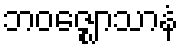
ဘဝဇ္ဈောသာနံ